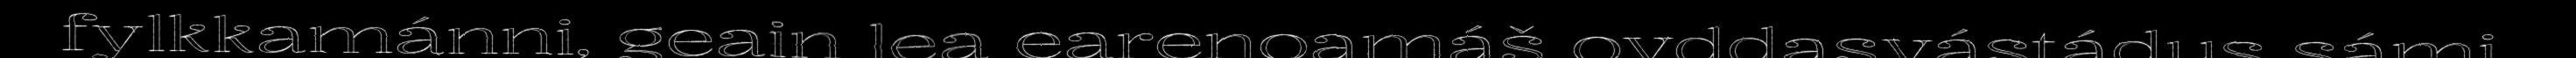
fylkkamánni, geain lea earenoamáš ovddasvástádus sámi